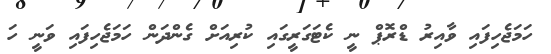
ހަމަޖެހިފައި ވާއިރު ޑްރޮޕް ނީ ކެޓަގަރީގައި ކުރިއަށް ގެންދަން ހަމަޖެހިފައި ވަނީ ހަ